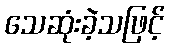
သေဆုံးခဲ့သဖြင့်